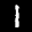
Label: 1